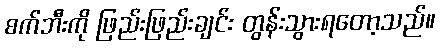
စက်ဘီးကို ဖြည်းဖြည်းချင်း တွန်းသွားရတော့သည်။